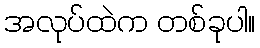
အလုပ်ထဲက တစ်ခုပါ။